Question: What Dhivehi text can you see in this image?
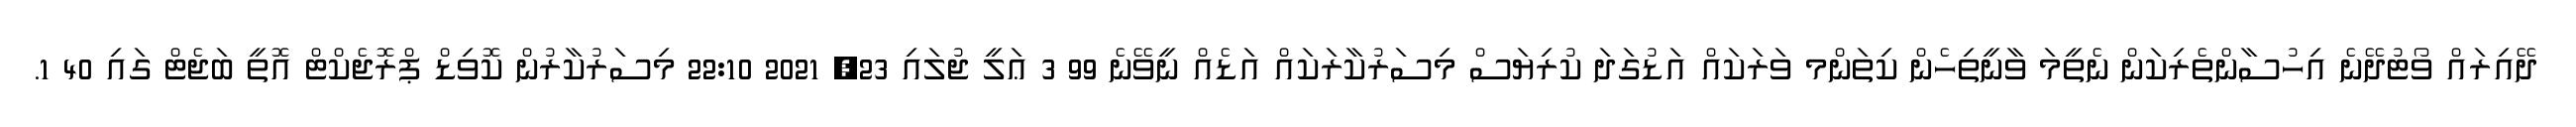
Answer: ދޭއިރައް ވޯޓުދޭނެ އިހުސާންތެރިކަން ނެތީމަ ވާނީތިހެން ކިތަންމ ވަރަކައް އަޑުގަދަ ކުރިޔަސް މިސަރުކާރަކައް އަޑެއް ނީވޭނެ 99 3 ޢަލީ ޖުލައި 23, 2021 22:10 މިސަރުކާރުން ކޮވިޑް ޕްރޮޖެކްޓް އޮތީ ބަޖެޓް ގައި 40 1.